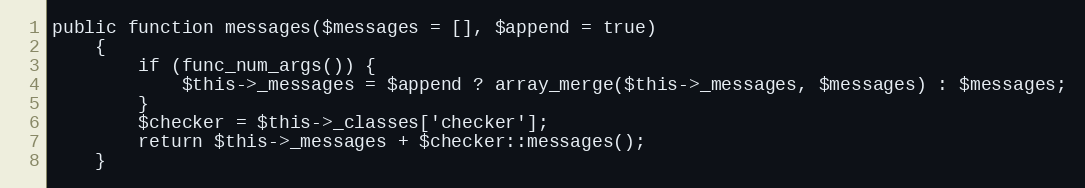
Language: PHP
public function messages($messages = [], $append = true)
    {
        if (func_num_args()) {
            $this->_messages = $append ? array_merge($this->_messages, $messages) : $messages;
        }
        $checker = $this->_classes['checker'];
        return $this->_messages + $checker::messages();
    }